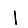
Digit: 1